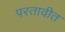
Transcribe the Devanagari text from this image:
परतावीत